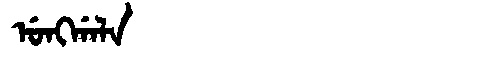
Manchu: ᡠᠩᡤᠠᠯᠠ
Romanization: UNGGALA